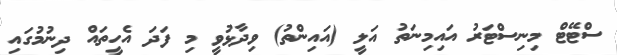
ސްޓޭޓް މިނިސްޓަރު އައިމިނަތު އަލީ (އައިންތު) ވިދާޅުވީ މި ފަދަ އެހީތައް ދިނުމުގައި